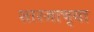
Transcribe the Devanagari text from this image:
शारजाच्या